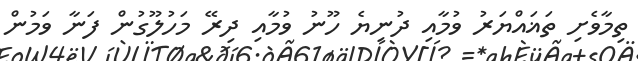
ތިމާވެށި ތަޣައްޔަރު ވުމާއި ދުނިޔެ ހޫނު ވުމާއި ދިރޭ މަހުލޫގުން ފަނާ ވަމުން